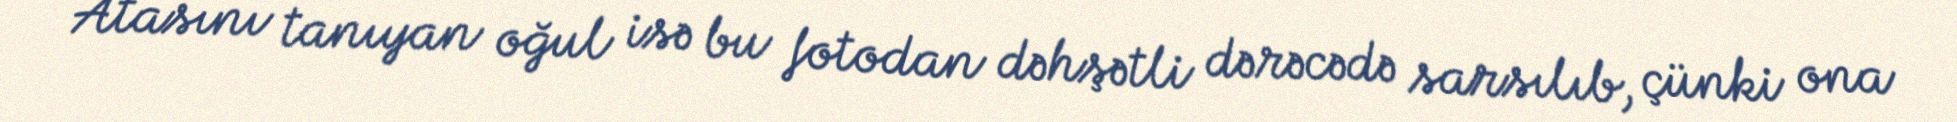
Atasını tanıyan oğul isə bu fotodan dəhşətli dərəcədə sarsılıb, çünki ona